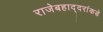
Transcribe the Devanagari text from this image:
राजेबहाद्दरांकडे